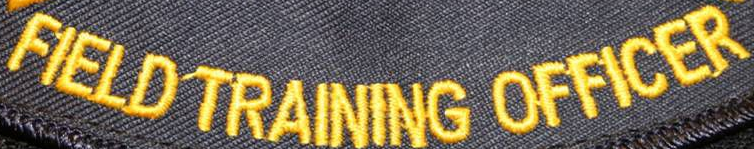
FIELD TRAINING OFFICER